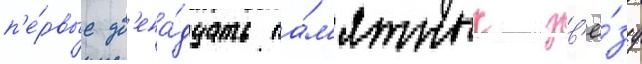
п'е́рвые дв'ена́дцать па́м'ятных зв'ё́зд